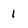
Character: 1